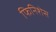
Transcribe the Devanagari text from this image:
फिनिशेस